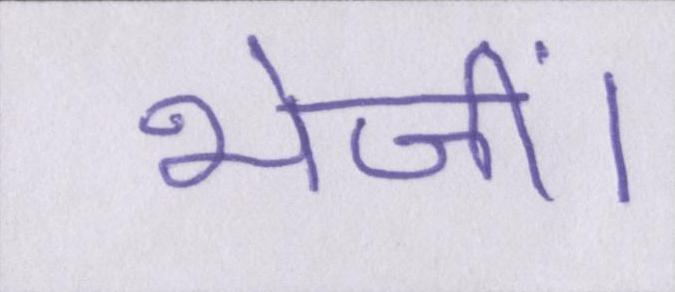
भेजीं।